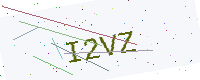
Text: I2VZ